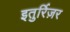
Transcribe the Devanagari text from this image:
इतुर्रिज़र